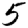
Digit: 5